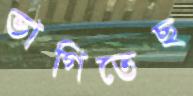
ভাগিতেছ